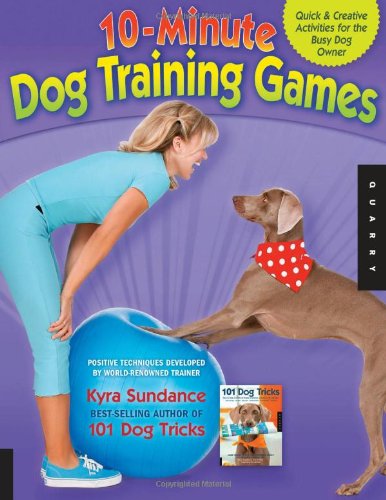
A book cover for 10-Minute Dog Training Games: Quick and Creative Activities for the Busy Dog Owner; Kyra Sundance; Science & Math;